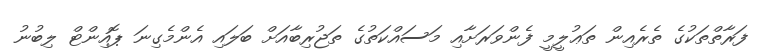
ފަރާތްތަކުގެ ތެރެއިން ތަޢުލީމީ ފެންވަރަށާއި މަސައްކަތުގެ ތަޖުރިބާއަށް ބަލައި އެންމެގިނަ ޕޮއިންޓް ލިބުނު